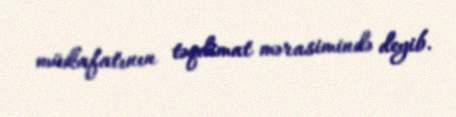
mükafatının təqdimat mərasimində deyib.